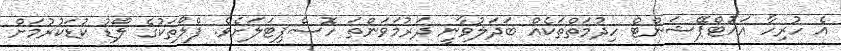
އެ ހުރިހާ އައުޓްޕޭޝަންޓް ހިދުމަތްތަކެއް ބަދަލުވާނީ ދަރުމަވަންތަ ހޮސްޕިޓަލަށެވެ. ފްލޯތަކުގެ ލޯޑު ކުޑަކުރުމަށް